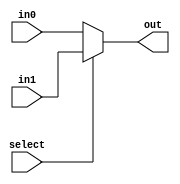
module mux
	#(
		parameter LENGTH = 16
	)
	(
		input select,
		input [LENGTH-1:0] in0, in1,
		output [LENGTH-1:0] out
	);

	assign out = select ? in1 : in0;
endmodule